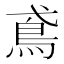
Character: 鳶